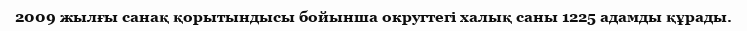
2009 жылғы санақ қорытындысы бойынша округтегі халық саны 1225 адамды құрады.